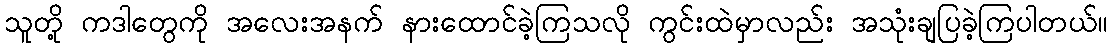
သူတို့ ကဒါတွေကို အလေးအနက် နားထောင်ခဲ့ကြသလို ကွင်းထဲမှာလည်း အသုံးချပြခဲ့ကြပါတယ်။